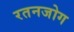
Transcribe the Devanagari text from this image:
रतनजोग